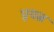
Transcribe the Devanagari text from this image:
प्र्रयत्न